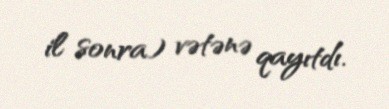
il sonra) vətənə qayıtdı.